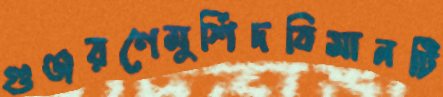
গুঞ্জরণেমুর্শিদবিমানটি